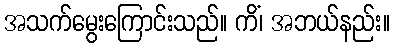
အသက်မွေးကြောင်းသည်။ ကိံ၊ အဘယ်နည်း။